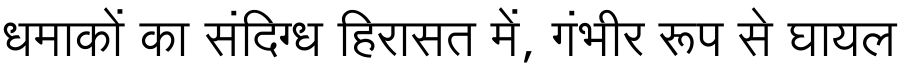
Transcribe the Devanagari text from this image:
धमाकों का संदिग्ध हिरासत में, गंभीर रूप से घायल